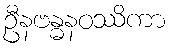
ဦနဗန္ဓနဝဿိကာ